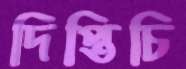
দিপ্তিচি